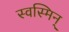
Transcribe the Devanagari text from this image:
स्वस्मिन्